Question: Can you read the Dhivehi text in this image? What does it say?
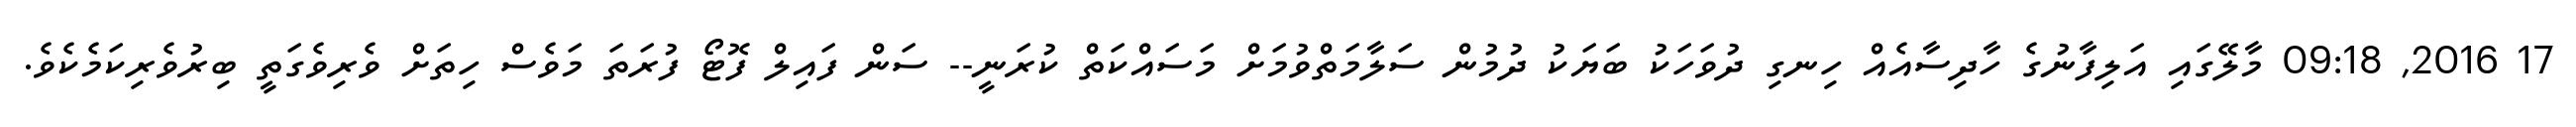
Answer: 17 2016, 09:18 މާލޭގައި އަލިފާނުގެ ހާދިސާއެއް ހިނގި ދުވަހަކު ބަޔަކު ދުމުން ސަލާމަތްވުމަށް މަސައްކަތް ކުރަނީ-- ސަން ފައިލް ފޮޓޯ ފުރަތަ މަވެސް ހިތަށް ވެރިވެގަތީ ބިރުވެރިކަމެކެވެ.